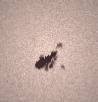
idi".